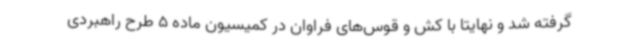
گرفته شد و نهایتا با کش و قوس‌های فراوان در کمیسیون ماده 5 طرح راهبردی